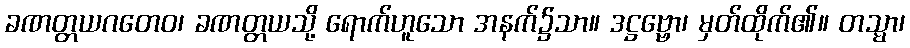
ခဏတ္တယဂတေဝ၊ ခဏတ္တယသို့ ရောက်ဟူသော အနက်၌သာ။ ဒဋ္ဌဗ္ဗော၊ မှတ်ထိုက်၏။ တသ္မာ၊